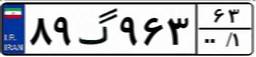
۸۹گ۹۶۳۶۳